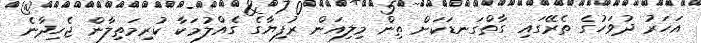
އަހަރު ދުވަހުގެ ތެރޭގައި ގާތްގަނޑަކަށް ތިން މިލިއަން ރުފިޔާގެ ގެއްލުމަކާ ކުރިމަތިލާން ޖެހިދާނެ